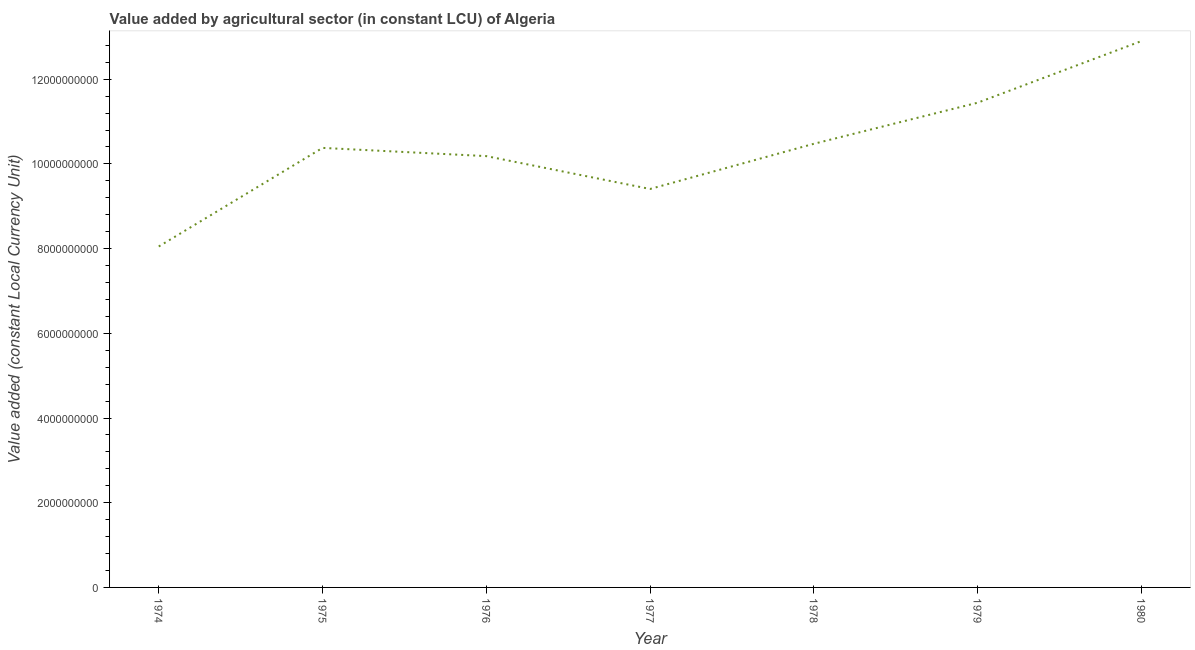
| Year | Agriculture |
 | --- | --- |
 | 1974 | 8.05e+09 |
 | 1975 | 1.04e+10 |
 | 1976 | 1.02e+10 |
 | 1977 | 9.41e+09 |
 | 1978 | 1.05e+10 |
 | 1979 | 1.14e+10 |
 | 1980 | 1.29e+10 |